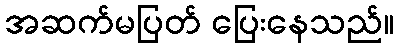
အဆက်မပြတ် ပြေးနေသည်။